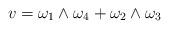
LaTeX: \begin{align*}v=\omega_{1}\wedge\omega_{4}+\omega_{2}\wedge\omega_{3}\end{align*}